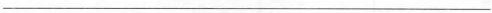
___